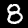
Label: 8